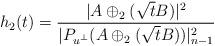
LaTeX: \begin{align*}h_2(t)=\frac{|A\oplus_2(\sqrt{t}B)|^2}{|P_{u^\bot}(A\oplus_2(\sqrt{t}B))|^2_{n-1}}\end{align*}